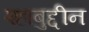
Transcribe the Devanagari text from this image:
श्हाबुद्दीन